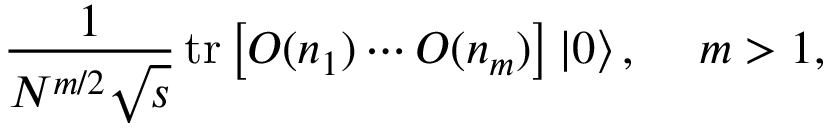
\frac { 1 } { N ^ { m / 2 } \sqrt { s } } \, \mathrm { t r } \left[ { \cal O } ( n _ { 1 } ) \cdots { \cal O } ( n _ { m } ) \right] \left| 0 \right\rangle , \: \: \: \: \ m > 1 ,